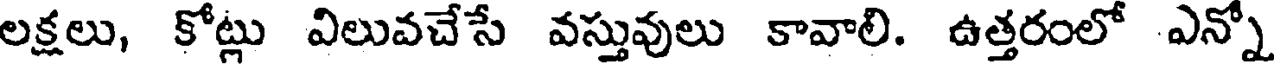
లక్షలు, కోట్లు విలువచేసే వస్తువులు కావాలి. ఉత్తరంలో ఎన్నో